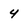
Character: 4